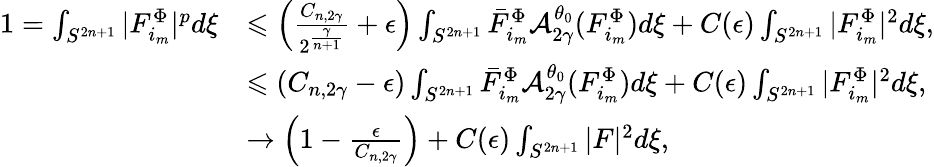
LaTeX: \begin{array}{rl}{1=\int_{S^{2n+1}}|F_{i_{m}}^{\Phi}|^{p}d\xi}&{\leqslant\left(\frac{{C}_{n,2\gamma}}{2^{\frac{\gamma}{n+1}}}+\epsilon\right)\int_{S^{2n+1}}\bar{F}_{i_{m}}^{\Phi}\mathcal{A}_{2\gamma}^{\theta_{0}}(F_{i_{m}}^{\Phi})d\xi+C(\epsilon)\int_{S^{2n+1}}|F_{i_{m}}^{\Phi}|^{2}d\xi,}\\ &{\leqslant\left({C}_{n,2\gamma}-\epsilon\right)\int_{S^{2n+1}}\bar{F}_{i_{m}}^{\Phi}\mathcal{A}_{2\gamma}^{\theta_{0}}(F_{i_{m}}^{\Phi})d\xi+C(\epsilon)\int_{S^{2n+1}}|F_{i_{m}}^{\Phi}|^{2}d\xi,}\\ &{\to\left(1-\frac{\epsilon}{{C}_{n,2\gamma}}\right)+C(\epsilon)\int_{S^{2n+1}}|F|^{2}d\xi,}\end{array}